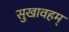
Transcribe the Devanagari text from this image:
सुखावहम्